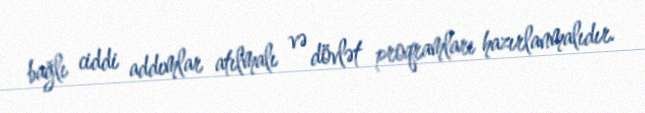
bağlı ciddi addımlar atılmalı və dövlət proqramları hazırlanmalıdır.